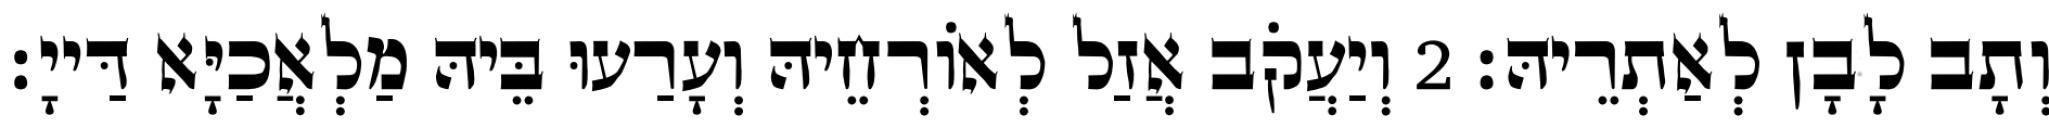
וְתָב לָבָן לְאַתְרֵיהּ׃ 2 וְיַעֲקֹב אֲזַל לְאוֹרְחֵיהּ וְעָרַעוּ בֵּיהּ מַלְאֲכַיָּא דַּייָ׃